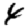
Digit: 4